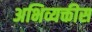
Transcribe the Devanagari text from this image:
अभिव्यक्तीस